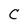
Character: C